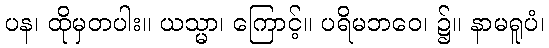
ပန၊ ထိုမှတပါး။ ယသ္မာ၊ ကြောင့်။ ပရိမဘဝေ၊ ၌။ နာမရူပံ၊